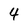
Character: 4